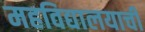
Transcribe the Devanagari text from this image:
महविद्यालयाची